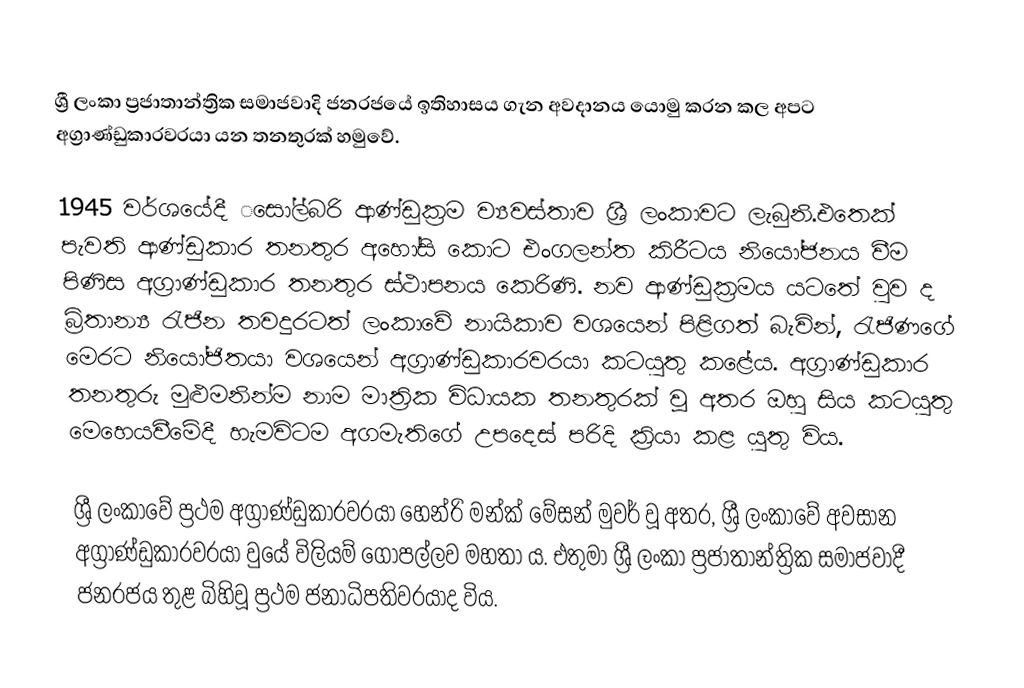
ශ්‍රී ලංකා ප්‍රජාතාන්ත්‍රික සමාජවාදි  ජනරජයේ ඉතිහාසය ගැන අවදානය ‌යොමු කරන කල අපට අග්‍රාණ්ඩුකාරවරයා යන තනතුරක් හමුවේ.

1945 වර්ශයේදී ‌‌සෝල්බරි ආණ්ඩුක්‍රම ව්‍යවස්තාව ශ්‍රී ලංකාවට ලැබුනි.එතෙක් පැවති ආණ්ඩුකාර තනතුර අහෝසි කොට එංගලන්ත කිරීටය නියෝජනය වීම පිණිස අග්‍රාණ්ඩුකාර තනතුර ස්ථාපනය කෙරිණි. නව ආණ්ඩුක්‍රමය යටතේ වුව ද ‍බ්‍රිතාන්‍ය රැජින තවදුරටත් ලංකාවේ නායිකාව වශයෙන් පිළිගත් බැවින්, රැජිණගේ මෙරට නියෝජිතයා වශයෙන් අග්‍රාණ්ඩුකාරවරයා කටයුතු කළේය. අග්‍රාණ්ඩුකාර තනතුරු මුළුමනින්ම නාම මාත්‍රික විධායක තනතුරක් වූ අතර ඔහු සිය කටයුතු මෙහෙයවීමේදී හැමවිටම අගමැතිගේ උපදෙස් පරිදි ක්‍රියා කළ යුතු විය.

ශ්‍රී ලංකාවේ ප්‍රථම අග්‍රාණ්ඩුකාරවරයා හෙන්රි මන්ක් මේසන් මුවර් වූ අතර, ‍ශ්‍රී ලංකාවේ අවසාන අග්‍රාණ්ඩුකාරවරයා වුයේ විලියම් ගොපල්ලව මහතා ය. එතුමා ශ්‍රී ලංකා ප්‍රජාතාන්ත්‍රික සමාජවාදී ජනරජය තුළ බිහිවූ ප්‍රථම ජනාධිපතිවරයාද විය.